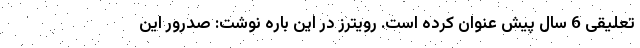
تعلیقی 6 سال پیش عنوان کرده است. رویترز در این باره نوشت: صدرور این